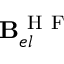
\mathbf { B } _ { e l } ^ { \mathrm { ~ H ~ F ~ } }